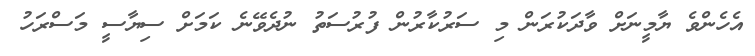
އެހެންވެ ޔާމީނަށް ވާދަކުރަން މި ސަރުކާރުން ފުރުސަތު ނުދެވޭނެ ކަމަށް ސިޔާސީ މަސްރަހު